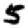
Digit: 5